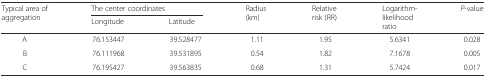
<table><thead><tr><td rowspan="2"><b>Typical area of aggregation</b></td><td colspan="2"><b>The center coordinates</b></td><td rowspan="2"><b>Radius (km)</b></td><td rowspan="2"><b>Relative risk (RR)</b></td><td rowspan="2"><b>Logarithm-likelihood ratio</b></td><td rowspan="2"><b><i>P</i>-value</b></td></tr><tr><td><b>Longitude</b></td><td><b>Latitude</b></td></tr></thead><tbody><tr><td>A</td><td>76.153447</td><td>39.528477</td><td>1.11</td><td>1.95</td><td>5.6341</td><td>0.028</td></tr><tr><td>B</td><td>76.111968</td><td>39.531895</td><td>0.54</td><td>1.82</td><td>7.1678</td><td>0.005</td></tr><tr><td>C</td><td>76.195427</td><td>39.563835</td><td>0.68</td><td>1.31</td><td>5.7424</td><td>0.017</td></tr></tbody></table>